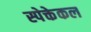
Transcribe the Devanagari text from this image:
स्पेक्तेकल